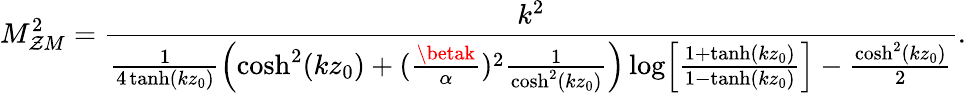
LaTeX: M_{\mathcal{Z}M}^{2}=\frac{{k^{2}}}{{\frac{{1}}{{4\operatorname{tanh}(kz_{0})}}\Bigl(\cosh^{2}(kz_{0})+(\frac{{\betak}}{{\alpha}})^{2}\frac{{1}}{{\cosh^{2}(kz_{0})}}\Bigr)\log\Bigl[\frac{{1+\operatorname{tanh}(kz_{0})}}{{1-\operatorname{tanh}(kz_{0})}}\Bigr]-\frac{{\cosh^{2}(kz_{0})}}{{2}}}}.